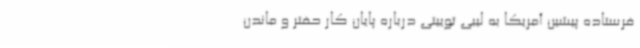
فرستاده پیشین آمریکا به لیبی توییتی درباره پایان کار حفتر و ماندن